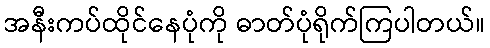
အနီးကပ်ထိုင်နေပုံကို ဓာတ်ပုံရိုက်ကြပါတယ်။